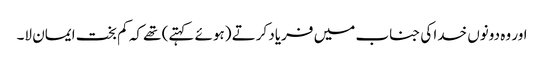
اور وہ دونوں خدا کی جناب میں فریاد کرتے (ہوئے کہتے) تھے کہ کم بخت ایمان لا۔